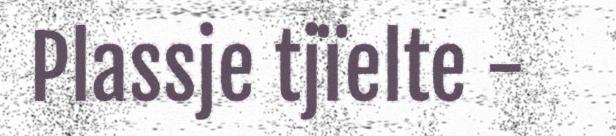
Plassje tjïelte -